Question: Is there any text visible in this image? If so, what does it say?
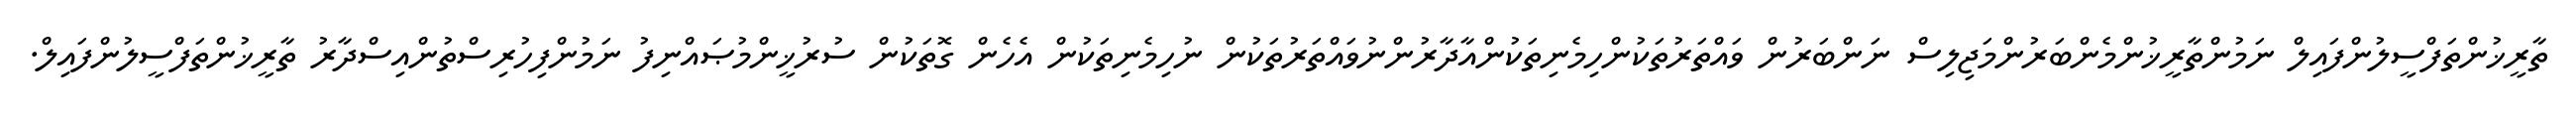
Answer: ތާރީޚުންތަފްސީލުންފައިލް ނަމުންތާރީޚުންމެންބަރުންމަޖިލިސް ނަންބަރުން ވައްތަރުތަކުންހިމެނިތަކުންއާދާރުންނުވައްތަރުތަކުން ނުހިމެނިތަކުން އެހެން ގޮތަކުން ސުރުޚީންމުޞައްނިފު ނަމުންފިހުރިސްތުންއިސްދާރު ތާރީޚުންތަފްސީލުންފައިލް.